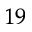
^ { 1 9 }